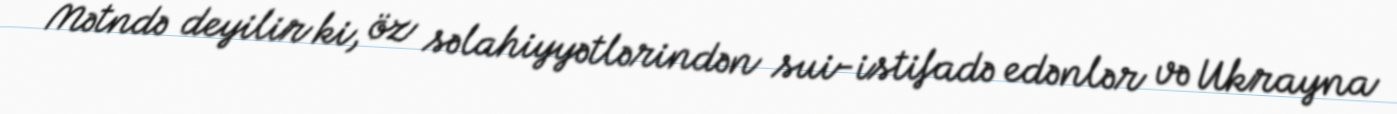
Mətndə deyilir ki, öz səlahiyyətlərindən sui-istifadə edənlər və Ukrayna